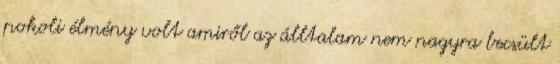
pokoli élmény volt amiről az álltalam nem nagyra becsült